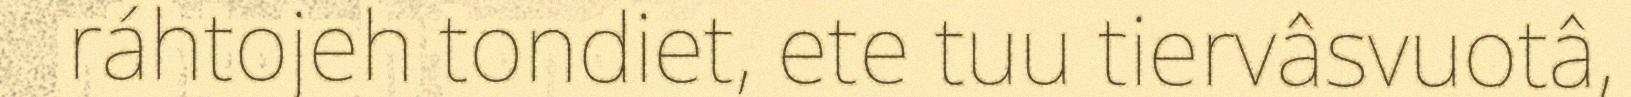
ráhtojeh tondiet, ete tuu tiervâsvuotâ,